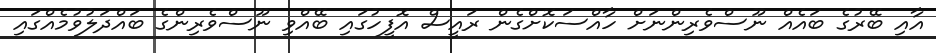
އާއި ބޭރުގެ ބައެއް ނޫސްވެރިންނަށް ހާއްސަކޮށްގެން ރައީސް އޮފީހުގައި ބޭއްވި ނޫސްވެރިންގެ ބައްދަލުވުމެއްގައި